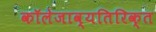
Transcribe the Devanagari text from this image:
कॉलेजाव्यतिरिक्त